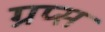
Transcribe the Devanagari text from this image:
ग्रप्स